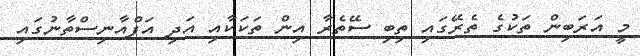
މީ އަރަބިން ތަކުގެ ތެރޭގައި ތިބި ސޭތެރާ އިން ތަކަކާއި އަދި އަފްއާނިސްތާނުގައި